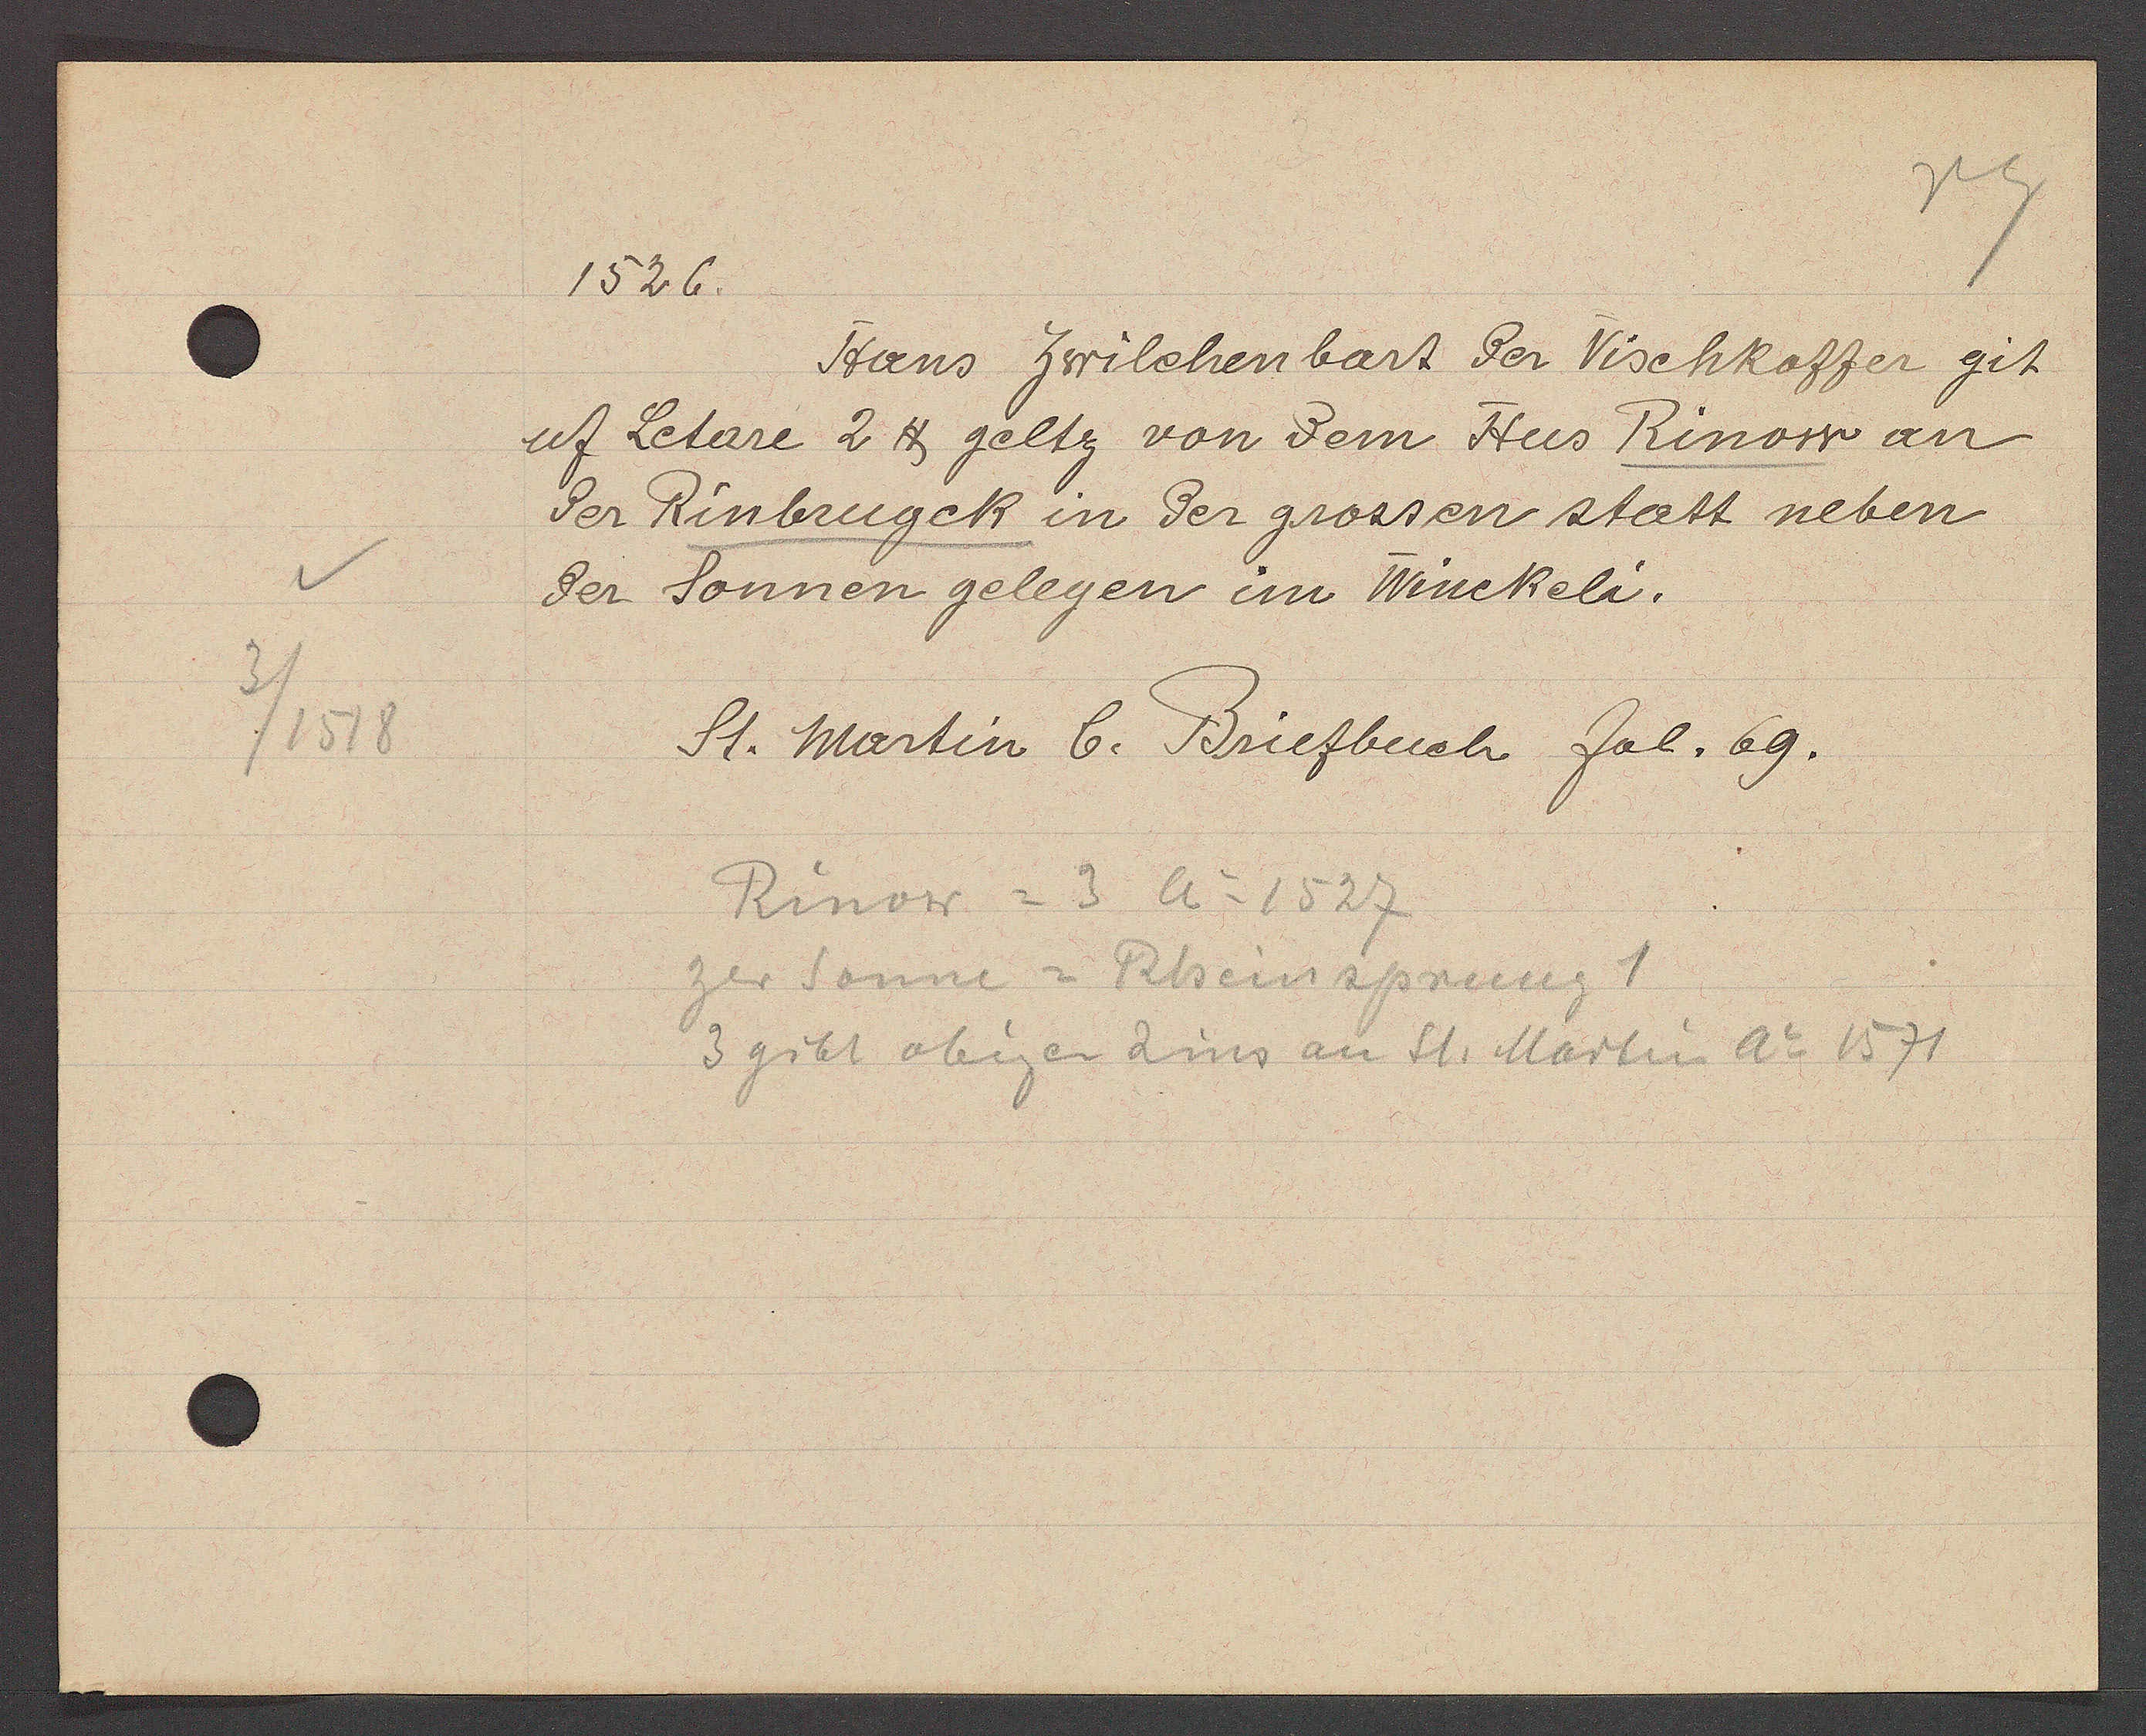
Transcript:
3/1518

1526.
Hans Zwilchenbart der Vischkoffer git
uf Letare 2 ℔ geltz von dem Hus Rinow an
der Rinbrugck in der grossen statt neben
der Sonnen gelegen im Winckeli.
St. martin b. Briefbuch fol. 69.
Rinow = 3 Ao 1527
Zer Sonne = Rheinsprung 1
3 gibt obigen Zins an St. Martin Ao 1571